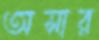
অসার